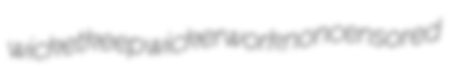
wicketkeep wickerwork noncensored